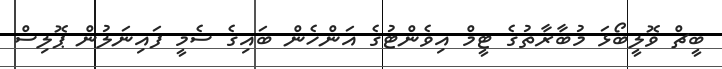
ބީޗް ވޮލީބޯޅަ މުބާރާތުގެ ޓީމް އިވެންޓުގެ އަންހެން ބައިގެ ސެމީ ފައިނަލުން ޕޮލިސް